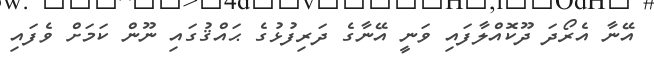
އޭނާ އެރޯދަ ދޫކޮއްލާފައި ވަނީ އޭނާގެ ދަރިފުޅުގެ ޙައްޤުގައި ނޫން ކަމަށް ވެފައި